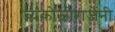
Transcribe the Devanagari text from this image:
व्यंकोजीराजेंनी